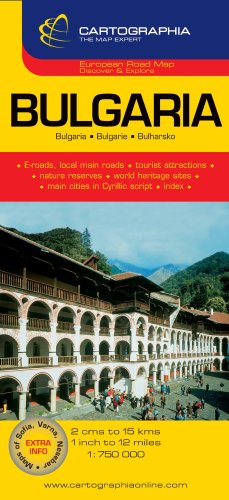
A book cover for Bulgaria Map; Cartographia; Travel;